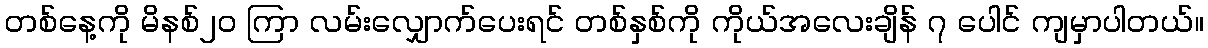
တစ်နေ့ကို မိနစ်၂၀ ကြာ လမ်းလျှောက်ပေးရင် တစ်နှစ်ကို ကိုယ်အလေးချိန် ၇ ပေါင် ကျမှာပါတယ်။